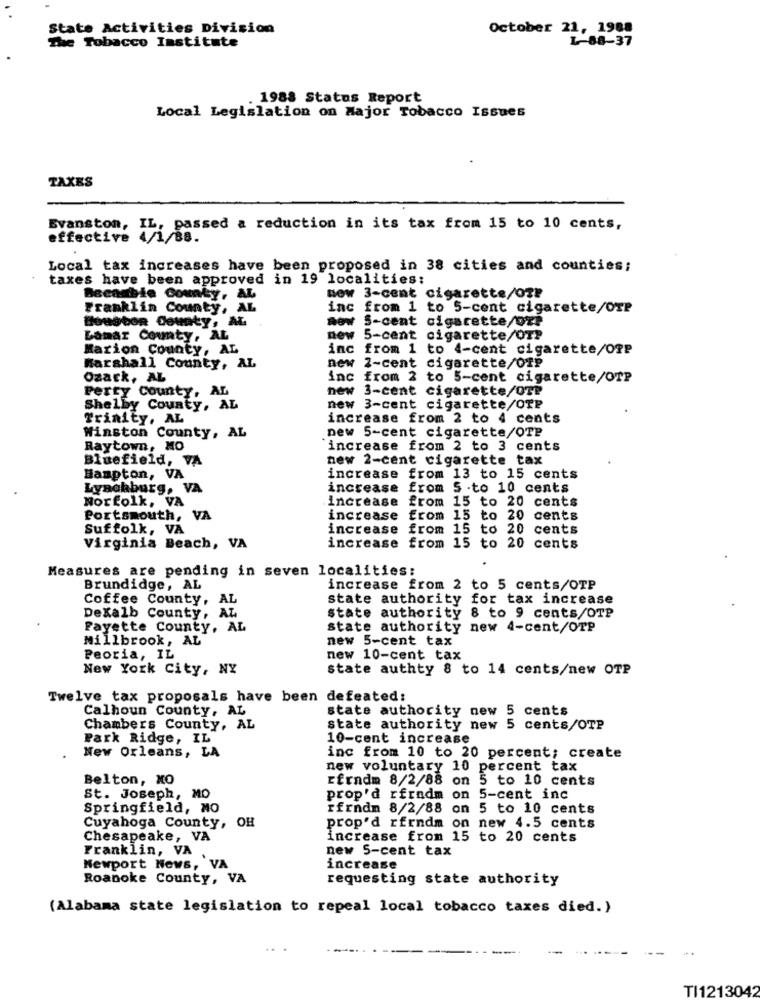
State Activities Division
October 21, 1988
The Tobacco Institute
L-88-37
. 1988 Status Report
Local Legislation on Major Tobacco Issues
TAXES
Evanston,
IL: passed a reduction in its tax from 15 to 10 cents,
effective
Local tax increases have been proposed in 38 cities and counties;
taxes have been approved in 19 localities:
new 3-cent cigarette/02P
Beenable County, AL
Franklin County, AL
inc from 1 to 5-cent cigarette/OTP
Bougbon County, AL
5-cent cigarette/Ox?
Lamar County, AL
new 5-cent cigarette/OTP
Marion County, AL
inc from 1 to 4-cent cigarette/OPP
new 2-cent cigarette/Off
Marshall County, AL
Ozark, AL
inc from 2 to 5-cent cigarette/OTP
Perty County, AL
new 3-cent cigarette/OTP
Shelby County, AL
new 3-cent cigarette/OTP
Trinity, AL
increase from 2 to 4 cents
new 5-cent cigarette/OTP
Winston County, AL
Raytown, NO
increase from 2 to 3 cents
Bluefield, VA
new 2-cent cigarette tax
Hampton, VA
increase from 13 to 15 cents
Lynchburg, VA
increase from S .to 10 cents
Norfolk, VA
increase
from 15 to 20 cents
Portsmouth, VA
increase
from 15 to 20 cents
Suffolk, VA
increase
from 15 to 20 cents
Virginia Beach, VA
increase from 15 to 20 cents
Measures are pending in seven localities:
Brundidge, AL
increase from 2 to 5 cents/OTP
Coffee County, AL
state authority for tax increase
Dexalb County, AL
state authority 8 to 9 cents/OTP
Fayette County, AL
state authority new 4-cent/OTP
Millbrook, AL
new 5-cent tax
Peoria, IL
new 10-cent tax
New York City, NY
state authty 8 to 14 cents/new OTP
Twelve tax proposals have been defeated:
Calhoun County, AL
state authority new
5 cents
Chambers County, AL
state authority new
5 cents/OTP
Park Ridge, IL
10-cent increase
New Orleans, LA
inc from 10 to 20 percent; create
new voluntary 10 percent tax
Belton, NO
rfrndm 8/2/88 on 5 to 10 cents
St. Joseph, MO
prop'd rfradm on 5-cent inc
Springfield, NO
rfrndm 8/2/88 on 5 to 10 cents
Cuyahoga County, OH
prop'd rfrndm
on new 4.5 cents
Chesapeake, VA
increase from 15 to 20 cents
Franklin, VA
new 5-cent tax
Newport News, VA
increase
Roanoke County, VA
requesting state authority
(Alabama state legislation to repeal local tobacco taxes died.)
TI1213042